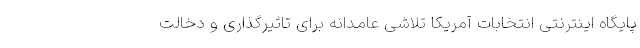
پایگاه اینترنتی انتخابات آمریکا تلاشی عامدانه برای تاثیرگذاری و دخالت